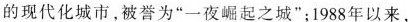
的现代化城市，被誉为”一夜崛起之城”；1988年以来，